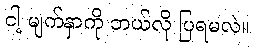
ငါ့ မျက်နှာကို ဘယ်လို ပြရမလဲ။